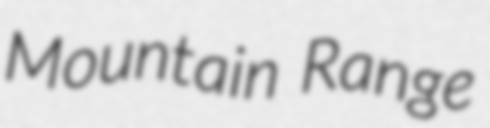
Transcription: Mountain Range